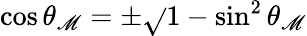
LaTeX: \cos\theta_{\mathscr{M}}=\pm\sqrt{}{{1-\sin^{2}\theta_{\mathscr{M}}}}